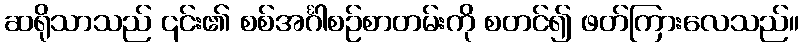
ဆရိုသာသည် ၎င်း၏ စစ်အင်္ဂါစဉ်စာတမ်းကို စတင်၍ ဖတ်ကြားလေသည်။